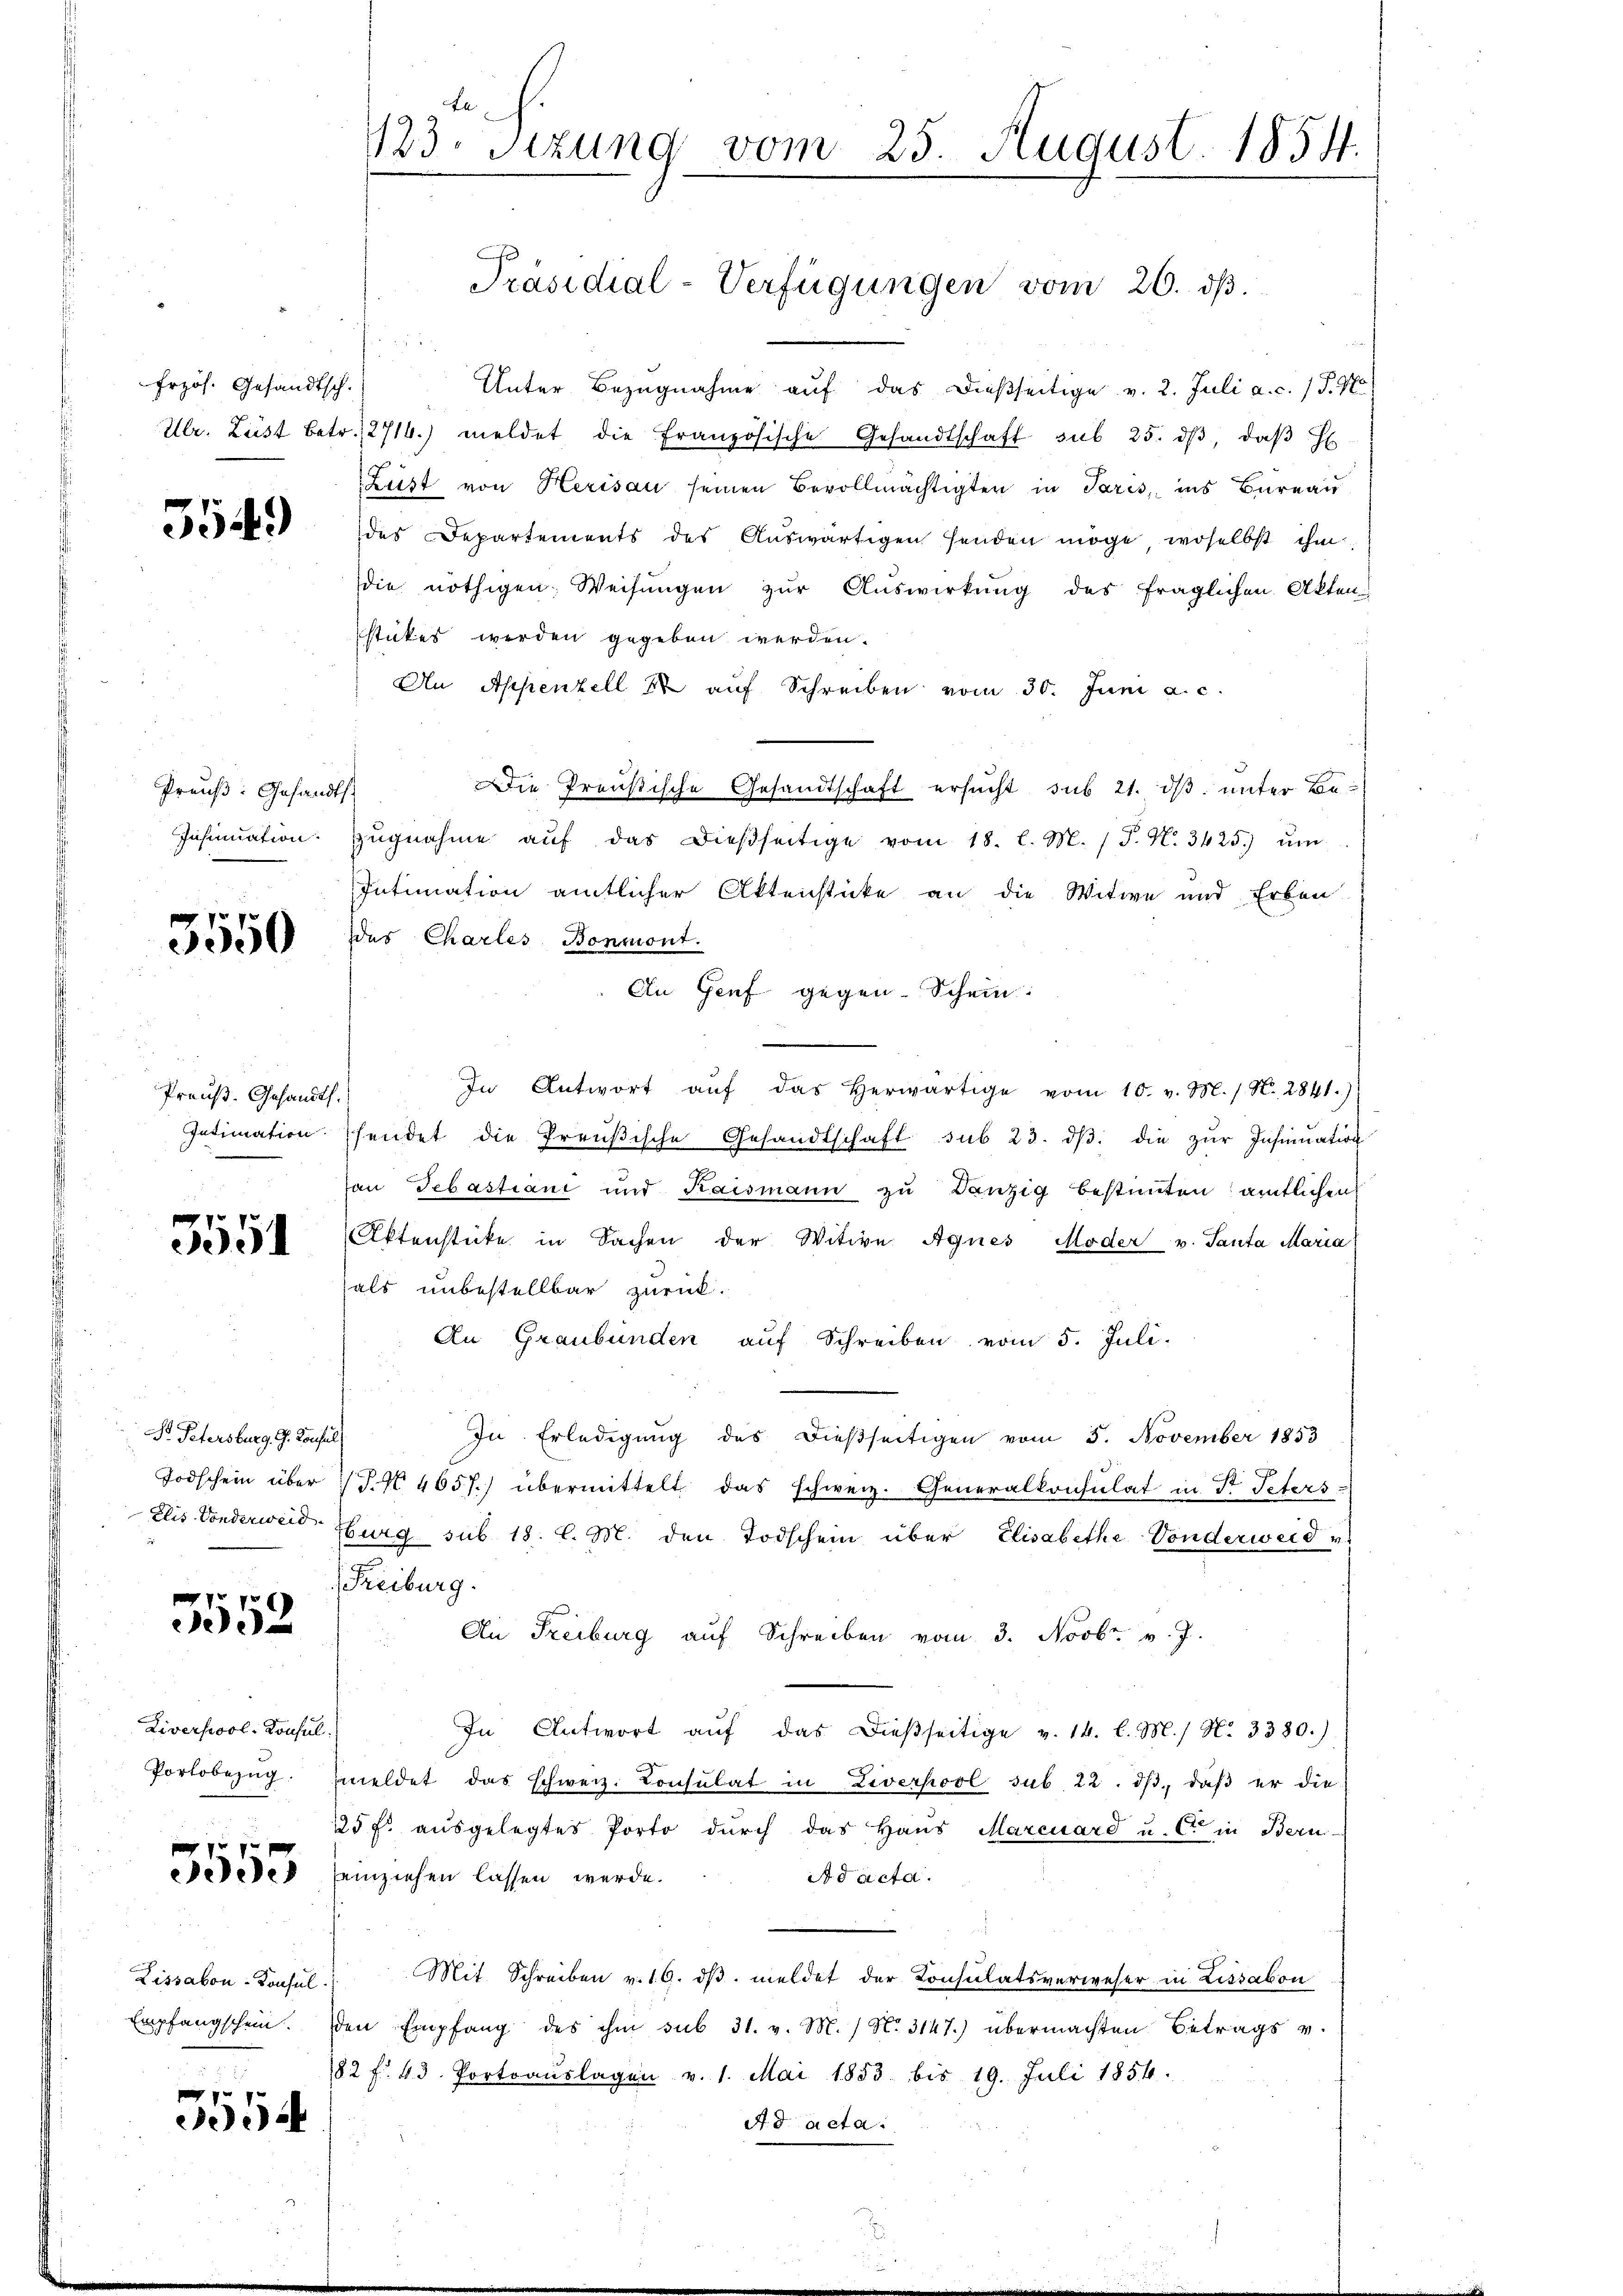
Frzös. Gesandtsch.

5549

Preuß: Gesandts
Insinuation.

3550

Preuß. Gesandts.

3551

F. Petersburg, G. Konsul
Elis-Sonderweid.

7 7 x
e

Liversool-Konsul
Portobezug.

5555

Lissabon-Konsul
Empfangschein.

1
d

123. Sizung vom 25. August 1854.

Präsidial-Verfügungen vom 26. ds.

Unter Bezugnahme auf das dießseitige v. 2. Juli a.c. (T. Po
Ulr. Lust betr. 2716) meldet die französische Gesandtschaft sub 25. dβ, daβ H
Lust von Herisau seinen Bevollmächtigten in Paris, ins Bureau
des Departements des Auswärtigen senden möge, woselbst ihm
die nöthigen Weisŭngen zŭr Aŭswirkung des fraglichen Akten
stickes werden gegeben werden.
An Appenzell 88 auf Schreiben vom 30. Juni a. c.
Die Preußische Gesandtschaft ersucht sub 21. ds. unter Bezŭgnahme aŭf das dießseitige vom 18. l. M. (T. N. 3425.) ŭm
Intimation amtlicher Aktenstücke an die Witwe und Erben
des Charles Bonmont.
An Genf gegen. Schein.
In Antwort aŭf das herwärtige vom 10. v. M. / N. 2841.)
Intimation schendet die Preŭβische Gesandtschaft sub 23. dβ. die zŭr Insinuation
r
an Sebastiani und Kaismann zu Danzig bestimten amtlichen
Aktenstücke in Sachen der Witwe Agnes Moder v. Santa Maria
als unbestellbar zurück.
An Graubünden auf Schreiben vom 5. Juli.
In Erledigung des dießseitigen vom 5. November 1853
Todschein über 1 S. 4657.) übermittelt das schweiz. Generalkonsulat in St. Peters-
Eburg sub. 18. l. M. den Todschein über ElisabetheVonderweid u.
Freiburg.
An Freiburg auf Schreiben vom 3. Novbr. v. J.
In Antwort aŭf das dieβseitige v. 14. l. M. / N. 3380.)
meldet das schweiz. Consulat in Liverpool sub. 22. ds., daß er die
15 fl. ausgelegtes Porto durch das Haus Marcuard u. et in Bern
einziehen lassen werde.
Ad acta.
Mit Schreiben v. 16. dβ meldet der Consulatsverweser in Lissabon
den Empfang des ihm sub 31. v. M. / N. 3147) übermachten Betrags v.
182 f. 43. Portoauslagen v. 1. Mai 1853 bis 19. Juli 1856.
A d acta.